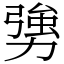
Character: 勥